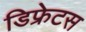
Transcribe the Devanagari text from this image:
डिफ्रेटस